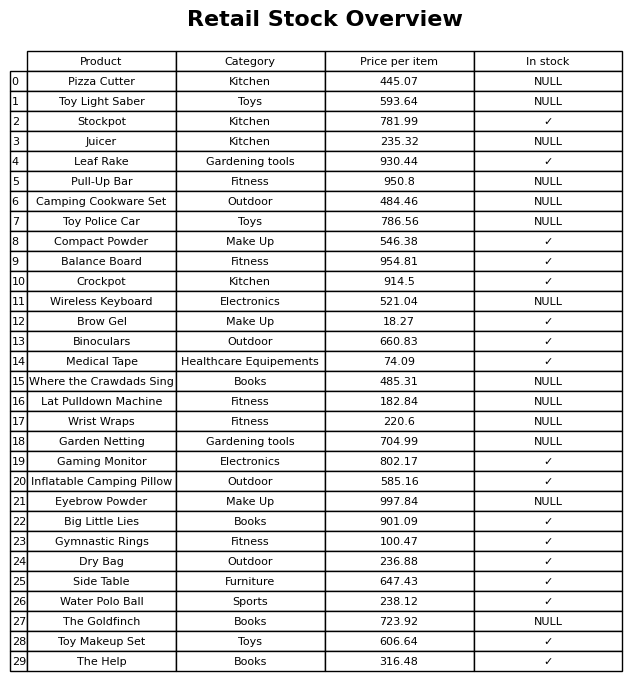
question: What is the price of the Stockpot?
answer: The price of Stockpot is 781.99.